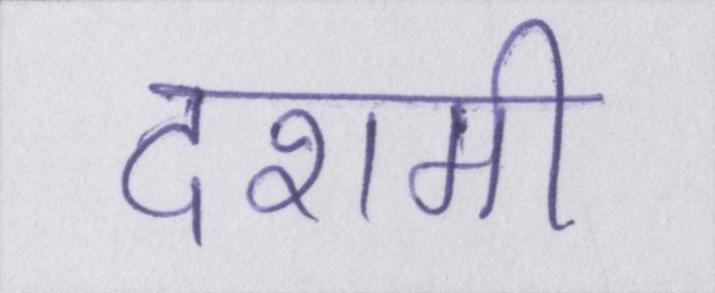
दशमी